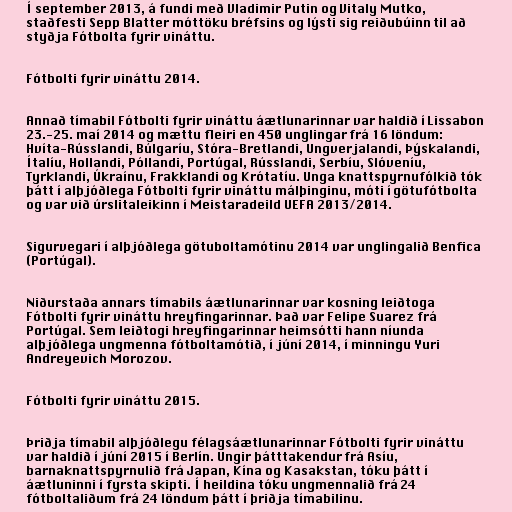
Í september 2013, á fundi með Vladimir Putin og Vitaly Mutko,
staðfesti Sepp Blatter móttöku bréfsins og lýsti sig reiðubúinn til að
styðja Fótbolta fyrir vináttu.

Fótbolti fyrir vináttu 2014.

Annað tímabil Fótbolti fyrir vináttu áætlunarinnar var haldið í Lissabon
23.-25. maí 2014 og mættu fleiri en 450 unglingar frá 16 löndum:
Hvíta-Rússlandi, Búlgaríu, Stóra-Bretlandi, Ungverjalandi, Þýskalandi,
Ítalíu, Hollandi, Póllandi, Portúgal, Rússlandi, Serbíu, Slóveníu,
Tyrklandi, Úkraínu, Frakklandi og Krótatíu. Unga knattspyrnufólkið tók
þátt í alþjóðlega Fótbolti fyrir vináttu málþinginu, móti í götufótbolta
og var við úrslitaleikinn í Meistaradeild UEFA 2013/2014.

Sigurvegari í alþjóðlega götuboltamótinu 2014 var unglingalið Benfica
(Portúgal).

Niðurstaða annars tímabils áætlunarinnar var kosning leiðtoga
Fótbolti fyrir vináttu hreyfingarinnar. Það var Felipe Suarez frá
Portúgal. Sem leiðtogi hreyfingarinnar heimsótti hann níunda
alþjóðlega ungmenna fótboltamótið, í júní 2014, í minningu Yuri
Andreyevich Morozov.

Fótbolti fyrir vináttu 2015.

Þriðja tímabil alþjóðlegu félagsáætlunarinnar Fótbolti fyrir vináttu
var haldið í júní 2015 í Berlín. Ungir þátttakendur frá Asíu,
barnaknattspyrnulið frá Japan, Kína og Kasakstan, tóku þátt í
áætluninni í fyrsta skipti. Í heildina tóku ungmennalið frá 24
fótboltaliðum frá 24 löndum þátt í þriðja tímabilinu.